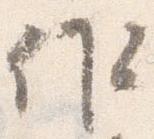
作